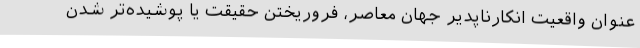
عنوان واقعیت انکارناپدیر جهان معاصر، فروریختن حقیقت یا پوشیده‌تر شدن